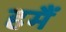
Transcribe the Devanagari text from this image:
हमैं